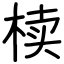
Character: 椟